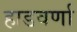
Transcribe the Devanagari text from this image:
हाडवर्णा